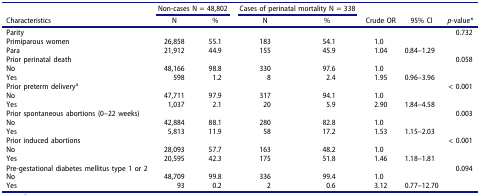
<table><thead><tr><td rowspan="2"><b>Characteristics</b></td><td colspan="2"><b>Non-cases N = 48,802</b></td><td colspan="2"><b>Cases of perinatal mortality N = 338</b></td><td rowspan="2"><b>Crude OR</b></td><td rowspan="2"><b>95% CI</b></td><td rowspan="2"><b><i>p</i>-value*</b></td></tr><tr><td><b>N</b></td><td><b>%</b></td><td><b>N</b></td><td><b>%</b></td></tr></thead><tbody><tr><td>Parity</td><td> </td><td> </td><td> </td><td> </td><td> </td><td> </td><td>0.732</td></tr><tr><td>Primiparous women</td><td>26,858</td><td>55.1</td><td>183</td><td>54.1</td><td>1.0</td><td> </td><td> </td></tr><tr><td>Para</td><td>21,912</td><td>44.9</td><td>155</td><td>45.9</td><td>1.04</td><td>0.84–1.29</td><td> </td></tr><tr><td>Prior perinatal death</td><td> </td><td> </td><td> </td><td> </td><td> </td><td> </td><td>0.058</td></tr><tr><td>No</td><td>48,166</td><td>98.8</td><td>330</td><td>97.6</td><td>1.0</td><td> </td><td> </td></tr><tr><td>Yes</td><td>598</td><td>1.2</td><td>8</td><td>2.4</td><td>1.95</td><td>0.96–3.96</td><td> </td></tr><tr><td>Prior preterm delivery<sup>a</sup></td><td> </td><td> </td><td> </td><td> </td><td> </td><td> </td><td>&lt; 0.001</td></tr><tr><td>No</td><td>47,711</td><td>97.9</td><td>317</td><td>94.1</td><td>1.0</td><td> </td><td> </td></tr><tr><td>Yes</td><td>1,037</td><td>2.1</td><td>20</td><td>5.9</td><td>2.90</td><td>1.84–4.58</td><td> </td></tr><tr><td>Prior spontaneous abortions (0–22 weeks)</td><td> </td><td> </td><td> </td><td> </td><td> </td><td> </td><td>0.003</td></tr><tr><td>No</td><td>42,884</td><td>88.1</td><td>280</td><td>82.8</td><td>1.0</td><td> </td><td> </td></tr><tr><td>Yes</td><td>5,813</td><td>11.9</td><td>58</td><td>17.2</td><td>1.53</td><td>1.15–2.03</td><td> </td></tr><tr><td>Prior induced abortions</td><td> </td><td> </td><td> </td><td> </td><td> </td><td> </td><td>&lt; 0.001</td></tr><tr><td>No</td><td>28,093</td><td>57.7</td><td>163</td><td>48.2</td><td>1.0</td><td> </td><td> </td></tr><tr><td>Yes</td><td>20,595</td><td>42.3</td><td>175</td><td>51.8</td><td>1.46</td><td>1.18–1.81</td><td> </td></tr><tr><td>Pre-gestational diabetes mellitus type 1 or 2</td><td> </td><td> </td><td> </td><td> </td><td> </td><td> </td><td>0.094</td></tr><tr><td>No</td><td>48,709</td><td>99.8</td><td>336</td><td>99.4</td><td>1.0</td><td> </td><td> </td></tr><tr><td>Yes</td><td>93</td><td>0.2</td><td>2</td><td>0.6</td><td>3.12</td><td>0.77–12.70</td><td> </td></tr></tbody></table>